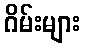
ဂိမ်းများ